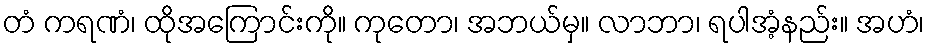
တံ ကရဏံ၊ ထိုအကြောင်းကို။ ကုတော၊ အဘယ်မှ။ လာဘာ၊ ရပါအံ့နည်း။ အဟံ၊